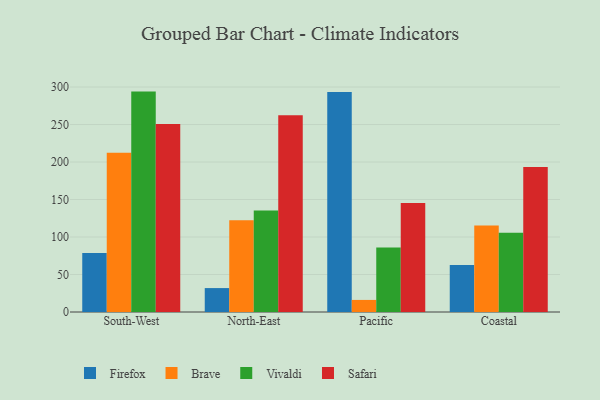
{"axis": {"x": "Region", "y": "Waste Production (Tons)"}, "legend": ["Brave", "Firefox", "Safari", "Vivaldi"], "data": [{"x": "South-West", "y": 78.6, "type": "Firefox"}, {"x": "South-West", "y": 212.2, "type": "Brave"}, {"x": "South-West", "y": 293.9, "type": "Vivaldi"}, {"x": "South-West", "y": 250.7, "type": "Safari"}, {"x": "North-East", "y": 31.9, "type": "Firefox"}, {"x": "North-East", "y": 122.3, "type": "Brave"}, {"x": "North-East", "y": 135.3, "type": "Vivaldi"}, {"x": "North-East", "y": 262.3, "type": "Safari"}, {"x": "Pacific", "y": 293.4, "type": "Firefox"}, {"x": "Pacific", "y": 16.1, "type": "Brave"}, {"x": "Pacific", "y": 86.1, "type": "Vivaldi"}, {"x": "Pacific", "y": 145.5, "type": "Safari"}, {"x": "Coastal", "y": 62.6, "type": "Firefox"}, {"x": "Coastal", "y": 115.3, "type": "Brave"}, {"x": "Coastal", "y": 105.7, "type": "Vivaldi"}, {"x": "Coastal", "y": 193.3, "type": "Safari"}]}